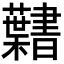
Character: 𮓎